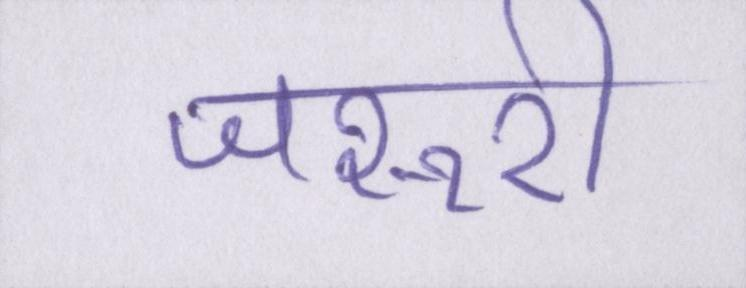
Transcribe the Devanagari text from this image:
जरूरी